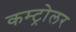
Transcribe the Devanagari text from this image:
कम्ट्रोलर